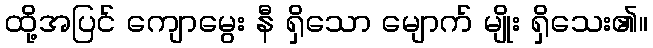
ထို့အပြင် ကျောမွေး နီ ရှိသော မျောက် မျိုး ရှိသေး၏။